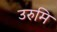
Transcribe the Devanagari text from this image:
उरुमि